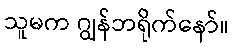
သူမက ဂျွန်ဘရိုက်နော်။